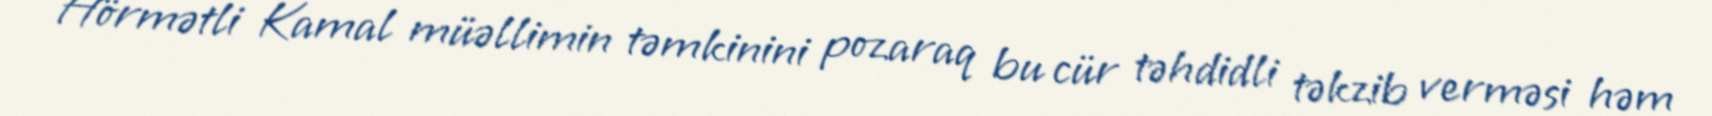
Hörmətli Kamal müəllimin təmkinini pozaraq bu cür təhdidli təkzib verməsi həm